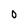
Character: 0